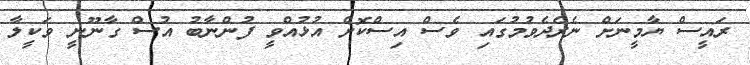
ރައީސް ޔާމީނަށް ނެރެދެވުމުގައި ވެސް އިސްކޮށް އުޅުއްވީ ފުންނާބު އުސް ގާނޫނީ ވަކީލާ